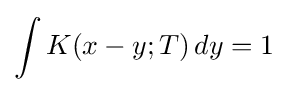
\int K(x-y;T)\,dy=1